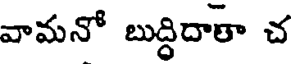
వామనో బుద్ధిదాతా చ